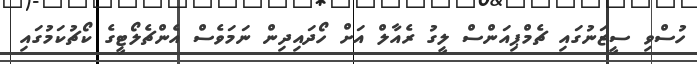
ހުސްވި ސީޒަނުގައި ޗެމްޕިއަންސް ލީގު ރެއާލް އަށް ހޯދައިދިން ނަމަވެސް އެންޗެލޯޓީގެ ކޯޗުކަމުގައި